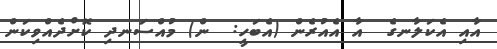
އާއި އެކަލާނގެ  އާ އެއުރެން (އެބަހީ:  ން) މުއްސަނދި ކޮށްދެއްވިކަން